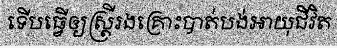
ទើបធ្វើឲ្យស្ត្រីរងគ្រោះបាត់បង់អាយុជីវិត